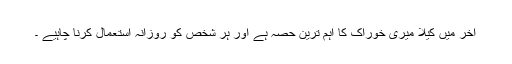
آخر میں کیلا میری خوراک کا اہم ترین حصہ ہے اور ہر شخص کو روزانہ استعمال کرنا چاہیے ۔